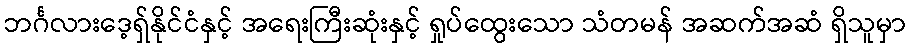
ဘင်္ဂလားဒေ့ရှ်နိုင်ငံနှင့် အရေးကြီးဆုံးနှင့် ရှုပ်ထွေးသော သံတမန် အဆက်အဆံ ရှိသူမှာ